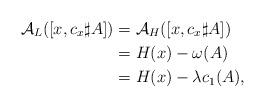
LaTeX: \begin{align*}\mathcal{A}_L([x,c_x\sharp A])&=\mathcal{A}_H([x,c_x\sharp A])\\& =H(x)-\omega(A)\\ & =H(x)-\lambda c_1(A),\end{align*}